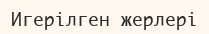
Игерілген жерлері